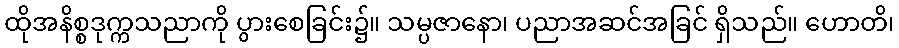
ထိုအနိစ္စဒုက္ကသညာကို ပွားစေခြင်း၌။ သမ္ပဇာနော၊ ပညာအဆင်အခြင် ရှိသည်။ ဟောတိ၊